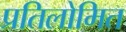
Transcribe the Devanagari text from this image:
प्रतिलोमित